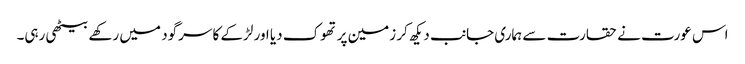
اس عورت نے حقارت سے ہماری جانب دیکھ کر زمین پر تھوک دیا اور لڑکے کا سرگود میں رکھے بیٹھی رہی۔